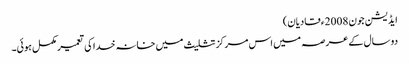
ایڈیشن جون 2008ء قادیان)
دو سال کے عرصہ میں اس مرکز تثلیث میں خانہ خدا کی تعمیر مکمل ہوئی۔